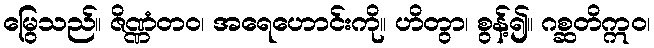
မြွေသည်။ ဇိဏ္ဏံတဝ၊ အရေဟောင်းကို။ ဟိတွာ၊ စွန့်၍။ ဂစ္ဆတိဣဝ၊